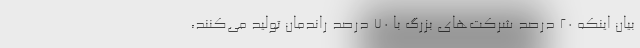
بیان اینکه ۲۰ درصد شرکت‌های بزرگ با ۷۰ درصد راندمان تولید می‌کنند،